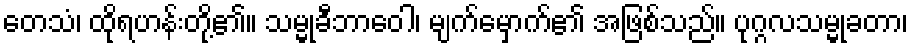
တေသံ၊ ထိုရဟန်းတို့၏။ သမ္မုခီဘာဝေါ၊ မျက်မှောက်၏ အဖြစ်သည်။ ပုဂ္ဂလသမ္မုခတာ၊